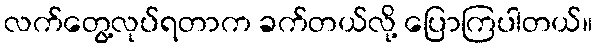
လက်တွေ့လုပ်ရတာက ခက်တယ်လို့ ပြောကြပါတယ်။